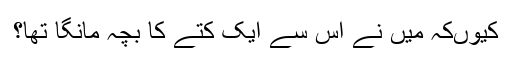
کیوںکہ میں نے اس سے ایک کتے کا بچہ مانگا تھا؟